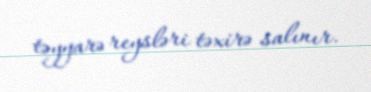
təyyarə reysləri təxirə salınır.